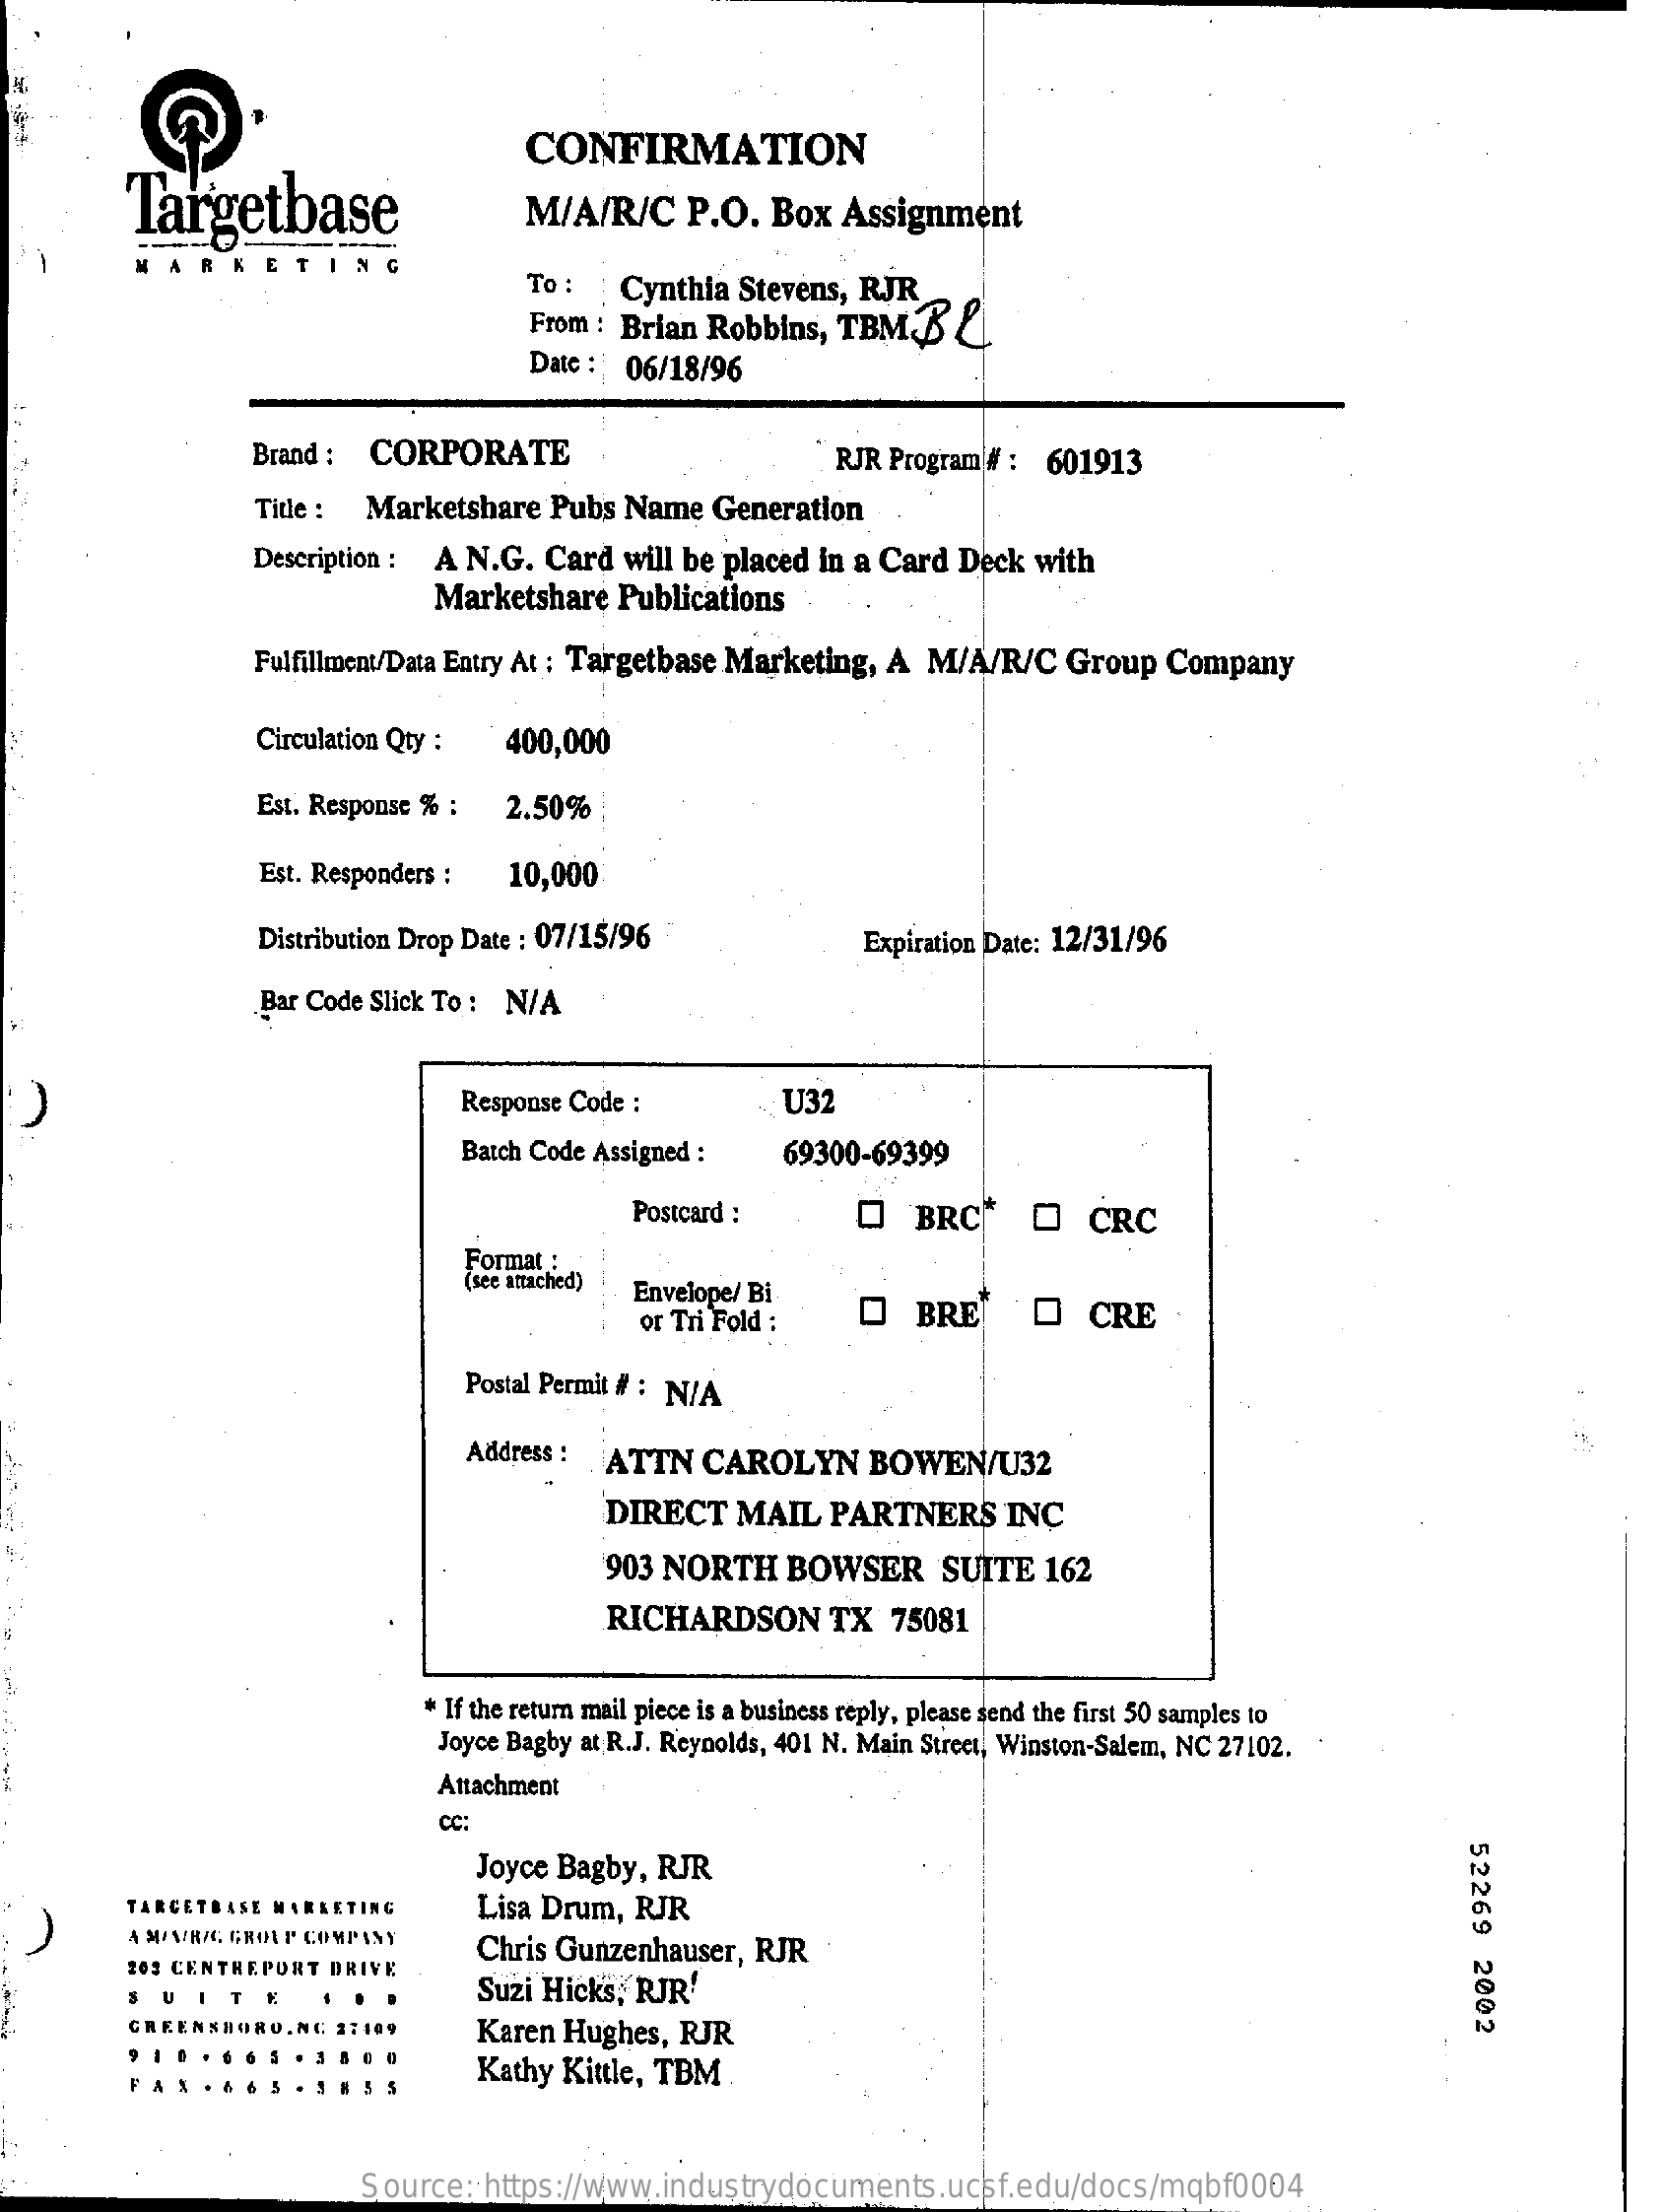
CONFIRMATION
     Targetbase    M/A/R/C    P.O.   Box  Assignment
     RKETING
     To : : Cynthia  Stevens,  RJR
     From : Brian  Robbins,  TBMB    &
     Date : : 06/18/96
     Brand :  CORPORATE    RJR Program # : 601913
     Title : Marketshare    Pubs  Name   Generation
     Description : A  N.G.  Card  will be placed in a Card  Deck   with
     Marketshare    Publications
     Fulfillment/Data Entry At : Targetbase Marketing, A  M/A/R/C    Group   Company
     Circulation Qty :   400,000
     Est. Response % :  2.50%
     Est. Responders :  10,000
     Distribution Drop Date : 07/15/96    Expiration Date: 12/31/96
     Bar Code Slick To : N/A
     Response Code :    U32
     Batch Code Assigned :    69300-69399
     Postcard :    O   BRC    O    CRC
     Format :
     (see attached) Envelope/ Bi
     or Tri Fold :    O   BRE    O   CRE
     Postal Permit # : N/A
     Address :  ATTN   CAROLYN    BOWEN/U32
     DIRECT    MAIL   PARTNERS    INC
     903 NORTH    BOWSER    SUITE   162
     RICHARDSON    TX   75081
     * If the return mail piece is a business reply, please send the first 50 samples to
     Joyce Bagby at R.J. Reynolds, 401 N. Main Street, Winston-Salem, NC 27102.
     Attachment
     CC:
     52269
     2002
     Joyce Bagby,  RJR
   )
     TARGETBASE  MARKETING    Lisa Drum,  RJR
     4 M/V/R/C GROUP COMPANY    Chris Gunzenhauser,  RJR
     203 CENTREPORT  DRIVE
     ITK    Suzi Hicks, RJR
     GREENSBORO.  NC 21109    Karen Hughes,  RJR
     Kathy Kittle, TBM
     Source:   https://www.industrydocuments.ucsf.edu/docs/mqbf0004